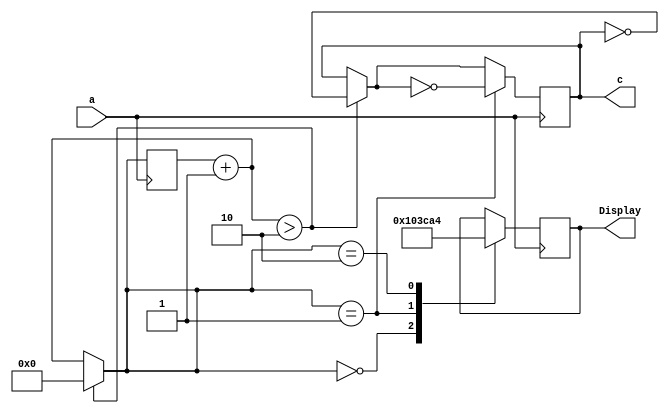
//This program lets the units at the end of the clock adjust to start over

module tens_end (input a, output reg [6:0] Display, output reg c);
reg [3:0] conta;

always @(negedge a)
begin
	conta=conta+1;
	if (conta>2)
	begin
		conta=0;
		c=~c;
	end
	case (conta)
	4'b0000:
	begin
		Display=7'b1000000;
	end
	4'b0001:
	begin
		Display=7'b1111001;
		c=~c;
	end
	4'b0010:
	begin
		Display=7'b0100100;
	end
	endcase
	
end
endmodule